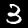
Digit: 3